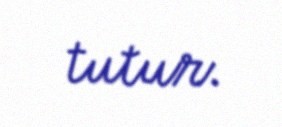
tutur.